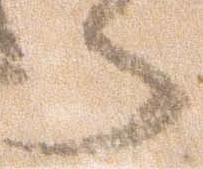
う